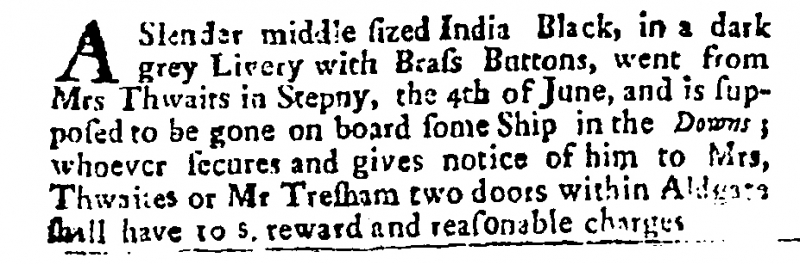
Post Man and the Historical Account, 13 June 1702 (England)
A Slender middle sized India Black, in a dark grey Livery with Brass Buttons, went from Mrs Thwaits in Stepney, the 4th of June, and is supposed to be gone on board some Ship in the Downs; whoever secures and gives notice of him to Mrs. Thwaites or Mr Tresham two doors within Aldgate shall have 10 s. reward and reasonable charges